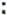
: